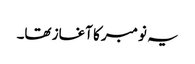
یہ نومبر کا آغاز تھا۔